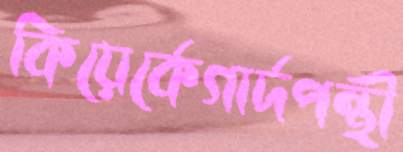
কিয়ের্কেগার্দপন্থী